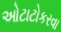
ઓટાટોકરવા